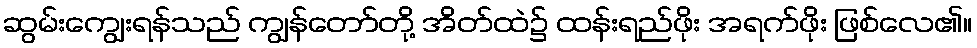
ဆွမ်းကျွေးရန်သည် ကျွန်တော်တို့ အိတ်ထဲ၌ ထန်းရည်ဖိုး အရက်ဖိုး ဖြစ်လေ၏။